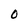
Character: O